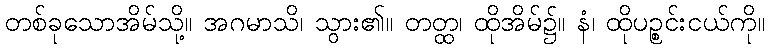
တစ်ခုသောအိမ်သို့။ အဂမာသိ၊ သွား၏။ တတ္ထ၊ ထိုအိမ်၌။ နံ၊ ထိုပဉ္စင်းငယ်ကို။